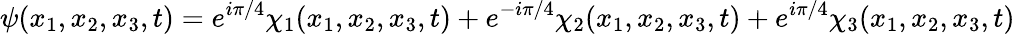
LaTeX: \psi(x_{1},x_{2},x_{3},t)=e^{i\pi/4}\chi_{1}(x_{1},x_{2},x_{3},t)+e^{-i\pi/4}\chi_{2}(x_{1},x_{2},x_{3},t)+e^{i\pi/4}\chi_{3}(x_{1},x_{2},x_{3},t)